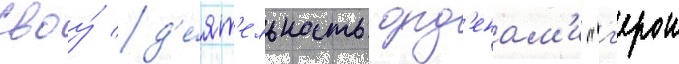
своу́ д'е́ят'ельность орд'енам'и "г'ерои